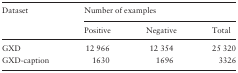
<table><thead><tr><td rowspan="2"><b>Dataset</b></td><td colspan="3"><b>Number of examples</b></td></tr><tr><td><b>Positive</b></td><td><b>Negative</b></td><td><b>Total</b></td></tr></thead><tbody><tr><td>GXD</td><td>12 966</td><td>12 354</td><td>25 320</td></tr><tr><td>GXD-caption</td><td>1630</td><td>1696</td><td>3326</td></tr></tbody></table>